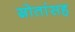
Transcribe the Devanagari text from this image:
स्रोतांसह